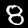
Digit: 8